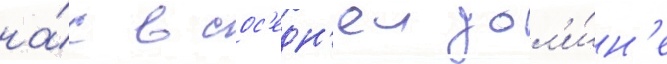
на́с в сос'едн'еи дол'и́н'е